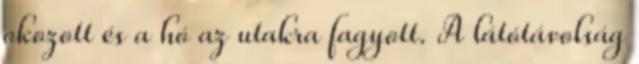
okozott és a hó az utakra fagyott. A látótávolság